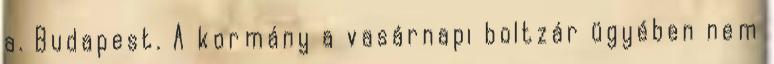
a. Budapest. A kormány a vasárnapi boltzár ügyében nem